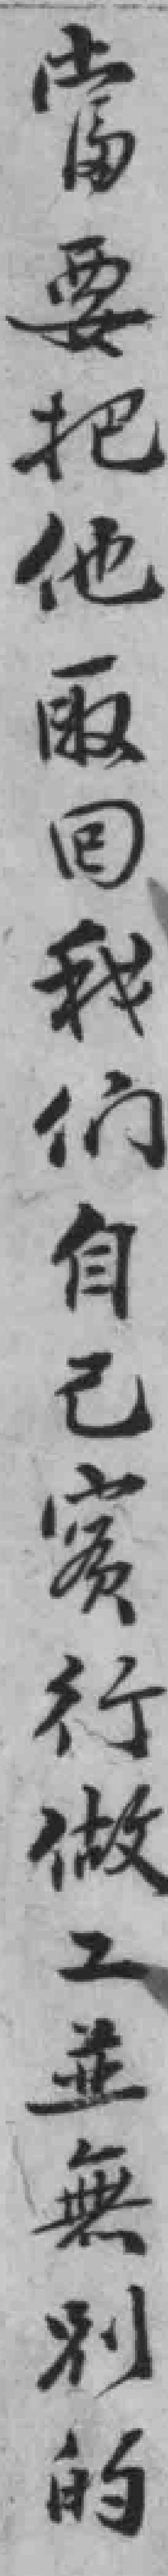
當要把他取回我们自己實行做工並無別的